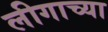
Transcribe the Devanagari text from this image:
लीगाच्या